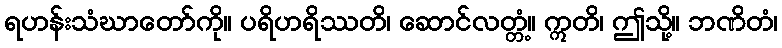
ရဟန်းသံဃာတော်ကို။ ပရိဟရိဿတိ၊ ဆောင်လတ္တံ့။ ဣတိ၊ ဤသို့။ ဘဏိတံ၊